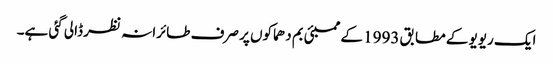
ایک ریویو کے مطابق 1993 کے ممبئی بم دھماکوں پر صرف طائرانہ نظر ڈالی گئی ہے۔